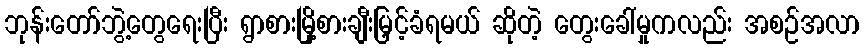
ဘုန်းတော်ဘွဲ့တွေရေးပြီး ရွာစားမြို့စားချီးမြှင့်ခံရမယ် ဆိုတဲ့ တွေးခေါ်မှုကလည်း အစဉ်အလာ